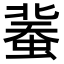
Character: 𧎕